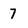
Character: 7